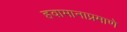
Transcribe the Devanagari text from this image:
हवामानाप्रमाणे